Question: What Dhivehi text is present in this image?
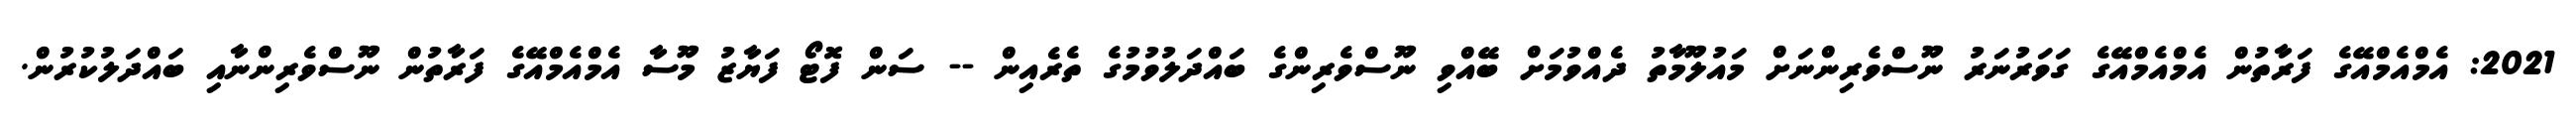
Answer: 2021: އެމްއެމްއޭގެ ފަރާތުން އެމްއެމްއޭގެ ގަވަރުނަރު ނޫސްވެރިންނަށް މައުލޫމާތު ދެއްވުމަށް ބޭއްވި ނޫސްވެރިންގެ ބައްދަލުވުމުގެ ތެރެއިން -- ސަން ފޮޓޯ ފަޔާޒު މޫސާ އެމްއެމްއޭގެ ފަރާތުން ނޫސްވެރިންނާއި ބައްދަލުކުރުން.